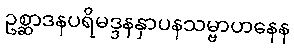
ဥစ္ဆာဒနပရိမဒ္ဒနနှာပနသမ္ဗာဟနေန